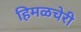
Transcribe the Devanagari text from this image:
हिमळचेरी